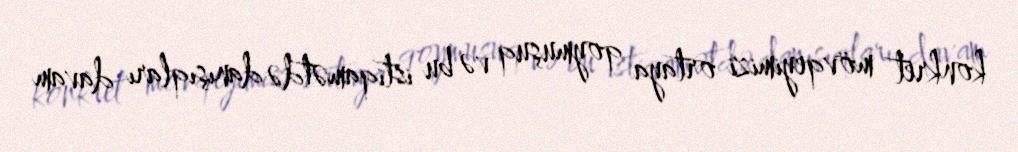
konkret mövqeyimizi ortaya qoymuşuq və bu istiqamətdə danışıqları davam